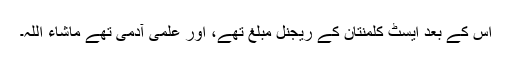
اُس کے بعد ایسٹ کلمنتان کے ریجنل مبلغ تھے، اور علمی آدمی تھے ماشاء اللہ۔